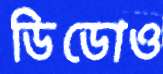
ডিডোও